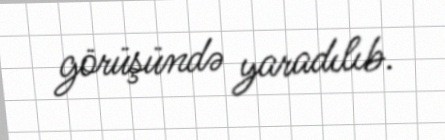
görüşündə yaradılıb.